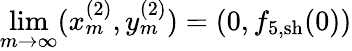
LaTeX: \operatorname*{lim}_{m\rightarrow\infty}(x_{m}^{(2)},y_{m}^{(2)})=(0,f_{5,\mathrm{sh}}(0))